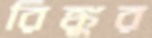
রিঙ্কুর